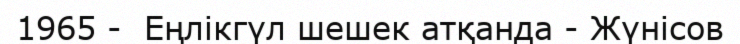
1965 -  Еңлікгүл шешек атқанда - Жүнісов